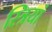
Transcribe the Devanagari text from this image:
स्‍त्रियां